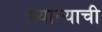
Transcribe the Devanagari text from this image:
ध्यान्याची